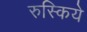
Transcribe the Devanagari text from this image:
रुस्किये